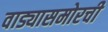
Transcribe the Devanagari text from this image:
वाड्यासमोरची